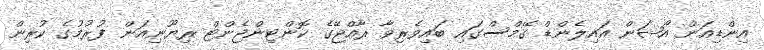
އިންޑިއަން އޯޝަން އައިލެންޑް ގޭމްސްގައި ބައިވެރިވާ ރާއްޖޭގެ ކޮންޓިންޖެންޓް ރިޔޫނިއަން ފުރުމުގެ ކުރިން